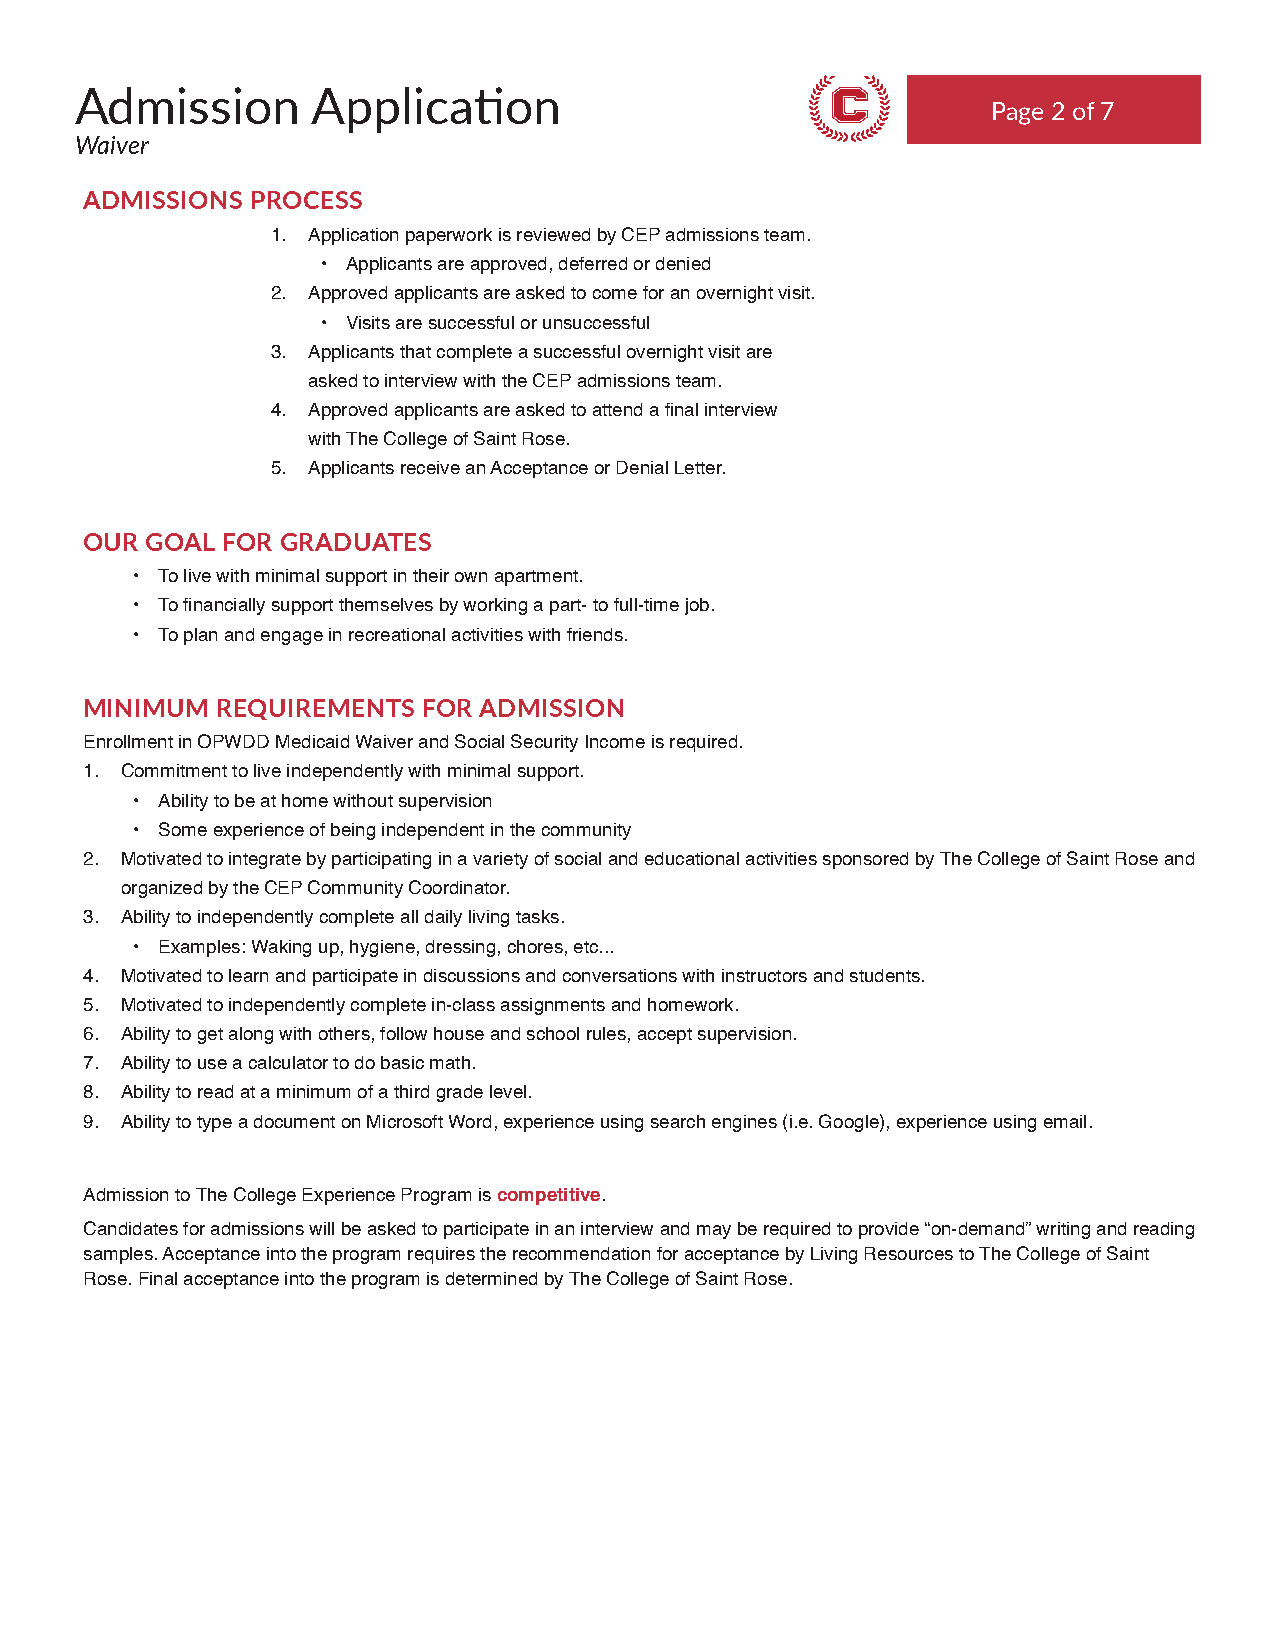
Admission       Application
 Page 2 of 7
 Waiver
 THE COLLEGE EXPERIENCE
 Skills. Choices. Independence.
 ADMISSIONS PROCESS
 1. Application paperwork is reviewed by CEP admissions team.
 • Applicants are approved, deferred or denied
 2. Approved applicants are asked to come for an overnight visit.
 • Visits are successful or unsuccessful
 3. Applicants that complete a successful overnight visit are
 asked to interview with the CEP admissions team.
 4. Approved applicants are asked to attend a final interview
 with The College of Saint Rose.
 5. Applicants receive an Acceptance or Denial Letter.
 OUR GOAL FOR GRADUATES
 • To live with minimal support in their own apartment.
 • To financially support themselves by working a part- to full-time job.
 • To plan and engage in recreational activities with friends.
 MINIMUM REQUIREMENTS  FOR ADMISSION
 Enrollment in OPWDD Medicaid Waiver and Social Security Income is required.
 1. Commitment to live independently with minimal support.
 • Ability to be at home without supervision
 • Some experience of being independent in the community
 2. Motivated to integrate by participating in a variety of social and educational activities sponsored by The College of Saint Rose and
 organized by the CEP Community Coordinator.
 3. Ability to independently complete all daily living tasks.
 • Examples: Waking up, hygiene, dressing, chores, etc...
 4. Motivated to learn and participate in discussions and conversations with instructors and students.
 5. Motivated to independently complete in-class assignments and homework.
 6. Ability to get along with others, follow house and school rules, accept supervision.
 7. Ability to use a calculator to do basic math.
 8. Ability to read at a minimum of a third grade level.
 9. Ability to type a document on Microsoft Word, experience using search engines (i.e. Google), experience using email.
 Admission to The College Experience Program is competitive.
 Candidates for admissions will be asked to participate in an interview and may be required to provide “on-demand” writing and reading
 samples. Acceptance into the program requires the recommendation for acceptance by Living Resources to The College of Saint
 Rose. Final acceptance into the program is determined by The College of Saint Rose.